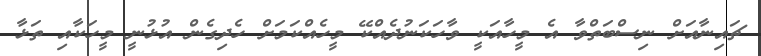
ޗައިނާއަށް ނިސްބަތްވާ އެ މީހާއަކީ ވާހަކަނުދެއްކޭ މީހެއްކަމަށް ހެދިގެން އުޅުނީ މީހަކާއި ތަޅާ